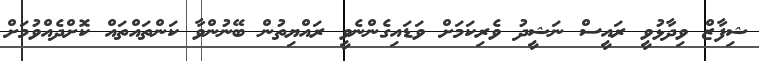
ޝިފާޒް ވިދާޅުވީ ރައީސް ނަޝީދު ވެރިކަމަށް ވަޑައިގެންނެވީ ރައްޔިތުން ބޭނުންވާ ކަންތައްތައް ކޮށްދެއްވުމަށް